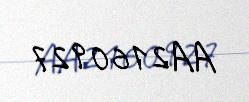
AA2160927